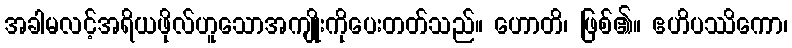
အခါမလင့်အရိယဖိုလ်ဟူသောအကျိုးကိုပေးတတ်သည်။ ဟောတိ၊ ဖြစ်၏။ ဧဟိပဿိကော၊